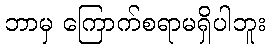
ဘာမှ ကြောက်စရာမရှိပါဘူး